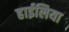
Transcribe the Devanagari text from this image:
हाईलिया